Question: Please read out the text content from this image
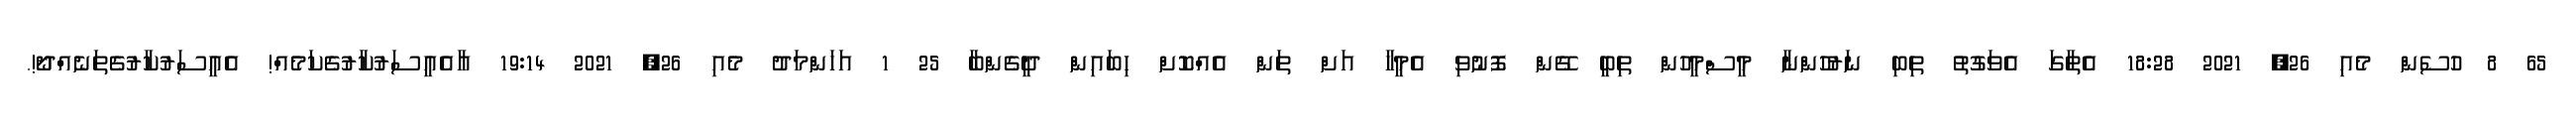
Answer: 65 8 ހުސެން މެއި 26, 2021 18:28 އެތާގަ އެވަގުތު ތިބި ނަރުހުންނާ މީސްމީހުން ތިބީ ގޭން ފޮނުވި އެމީހާ އަށް ތަން އެއްކޮށް ހިބައިން ދީގެންބާ 25 1 އަހަންމަދު މެއި 26, 2021 19:14 އާއެއީސަރުކާރުގެކަމެއް! އެއީސަރުކާރުގެތަނެއްދޯ!.